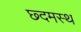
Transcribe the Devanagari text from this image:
छ्दमस्थ